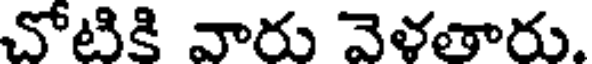
చోటికి వారు వెళతారు.